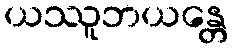
ယဿူဘယန္တေ